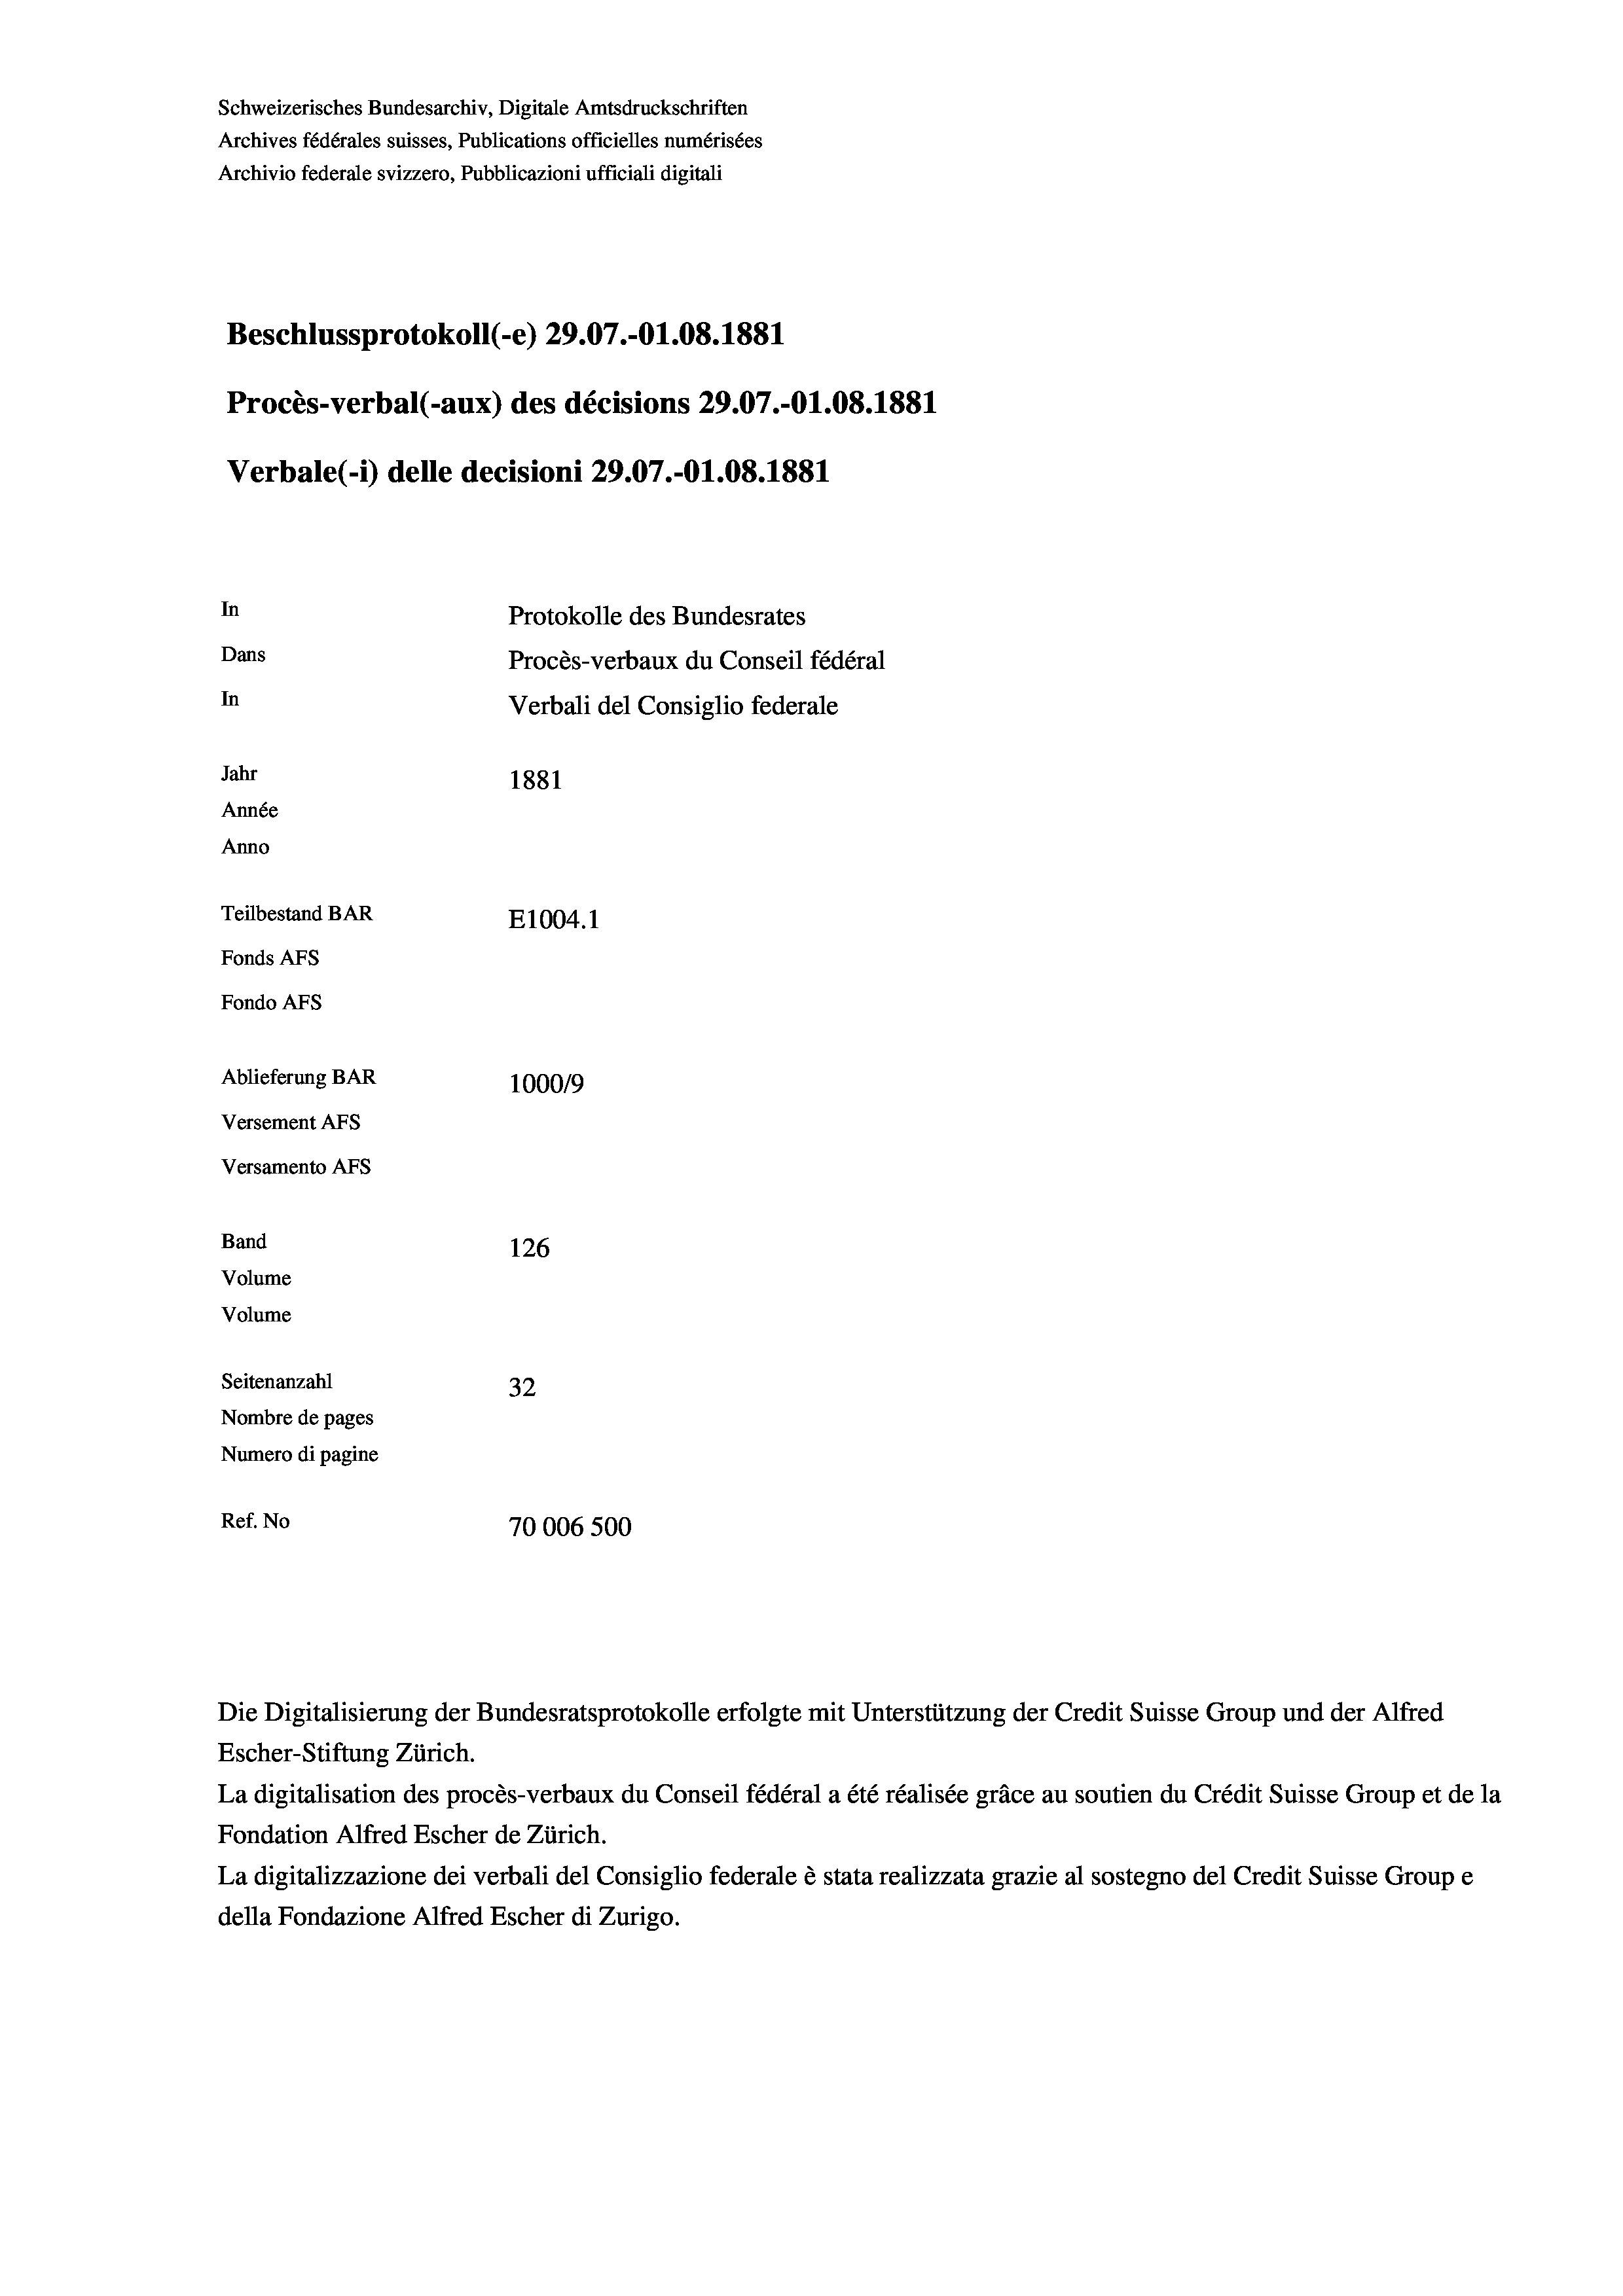
Schweizerisches Bundesarchiv, Digitale Amtsdruckschriften
Archives fédérales suisses, Publications officielles numérisées
Archivio federale svizzero, Pubblicazioni ufficiali digitali
Beschlussprotokoll (-e) 29.07.-O1.08. 1881
Procès-verbal (-aux) des décisions 29.07.-Ol.08. 1881
Verbale(-*) delle decisioni 29.07.-O1.08. 1881
In
Protokolle des Bundesrates
Dans
Procès-verbaux du Conseil fédéral
In
Verbali del Consiglio federale
Jahr
1881
Année
Anno
Teilbestand BAR
E1004.1
Fonds AFs
Fondo Afs
Ablieferung BAR
100019
Versement AFs
Versamento AFs
Band
126
Volume
Volume
Seitenanzahl
32
Nombre de pages
Numero di pagine
Ref. No
70006 500

Die Digitalisierung der Bundesratsprotokolle erfolgte mit Unterstützung der Credit Suisse Group und der Alfred
Escher-Stiftung Zürich.
La digitalisation des procès-verbaux du Conseil fédéral a été réalisée gräce au soutien du Crédit Suisse Group et de la
Fondation Alfred Escher de Zürich.
La digitalizzazione dei verbali del Consiglio federale è stata realizzata grazie al sostegno del Credit Suisse Groupe
della Fondazione Alfred Escher di Zurigo.